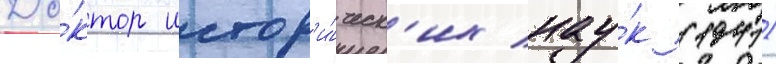
До́ктор истор'и́ческ'их нау́к (1941)